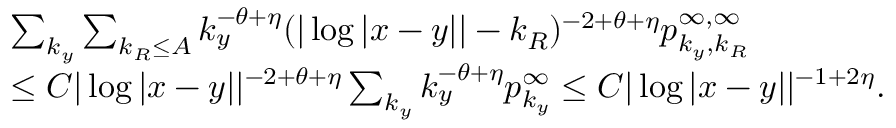
\begin{array} { r l } & { \sum _ { k _ { y } } \sum _ { k _ { R } \leq A } k _ { y } ^ { - \theta + \eta } ( | \log | x - y | | - k _ { R } ) ^ { - 2 + \theta + \eta } p _ { k _ { y } , k _ { R } } ^ { \infty , \infty } } \\ & { \leq C | \log | x - y | | ^ { - 2 + \theta + \eta } \sum _ { k _ { y } } k _ { y } ^ { - \theta + \eta } p _ { k _ { y } } ^ { \infty } \leq C | \log | x - y | | ^ { - 1 + 2 \eta } . } \end{array}